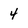
Character: 4